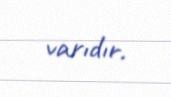
varıdır.